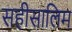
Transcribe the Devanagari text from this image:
सहीसालिम